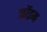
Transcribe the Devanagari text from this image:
कॉइम